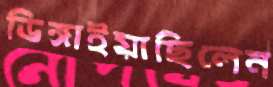
ডিঙ্গাইয়াছিলেন